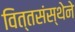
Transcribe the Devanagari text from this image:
वित्तसंस्थेने